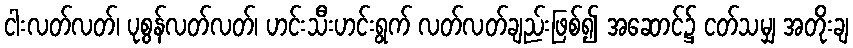
ငါးလတ်လတ်၊ ပုစွန်လတ်လတ်၊ ဟင်းသီးဟင်းရွက် လတ်လတ်ချည်းဖြစ်၍ အဆောင်၌ ငတ်သမျှ အတိုးချ